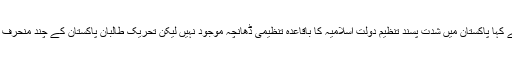
اتوار کی دوپہر ایک نیوز کانفرنس سے خطاب کرتےہوئے میجر جنرل آصف غفور نے کہا پاکستان میں شدت پسند تنظیم دولتِ اسلامیہ کا باقاعدہ تنظیمی ڈھانچہ موجود نہیں لیکن تحریک طالبان پاکستان کے چند منحرف گروپ اُن کی جانب مائل ہیں اور دہشت گردی کی کارروائیوں کی ذمہ داری لیتے ہیں۔